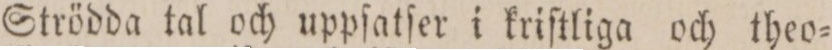
Strödda tal och uppſatſer i kriſtliga och theo=